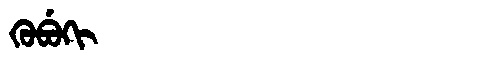
Manchu: ᡴᡠᠪᡠᡴᡳ
Romanization: KUBUKI